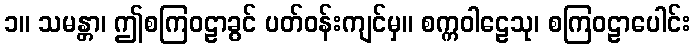
၁။ သမန္တာ၊ ဤစကြဝဠာခွင် ပတ်ဝန်းကျင်မှ။ စက္ကဝါဠေသု၊ စကြဝဠာပေါင်း